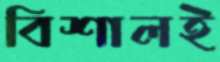
বিশালই